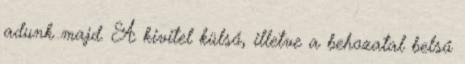
adunk majd. A kivitel külső, illetve a behozatal belső